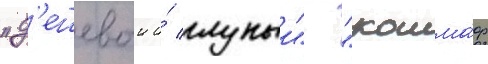
"д'ешевыи и́ глупыи". "кошма́р